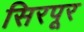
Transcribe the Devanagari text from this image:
सिरपूर